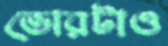
ভোরটাও